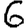
Digit: 6